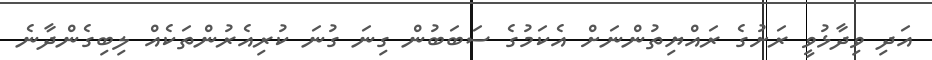
އަދި ވިދާޅުވީ ރަށުގެ ރައްޔިތުންނަށް އެކަމުގެ ސަބަބުން ގިނަ ގުނަ ކުރިއެރުންތަކެއް ލިބިގެންދާނެ